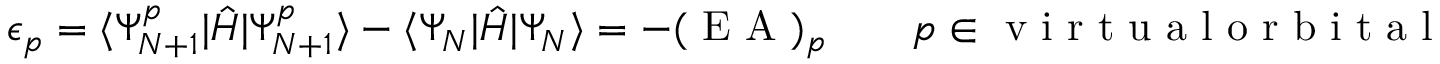
\epsilon _ { p } = \langle \Psi _ { N + 1 } ^ { p } | \hat { H } | \Psi _ { N + 1 } ^ { p } \rangle - \langle \Psi _ { N } | \hat { H } | \Psi _ { N } \rangle = - ( \mathrm { ~ E ~ A ~ } ) _ { p } \qquad p \in \mathrm { ~ v ~ i ~ r ~ t ~ u ~ a ~ l ~ o ~ r ~ b ~ i ~ t ~ a ~ l ~ }